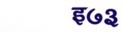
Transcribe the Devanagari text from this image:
इ७३